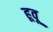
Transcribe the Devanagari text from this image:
हूवू